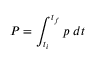
P = \int _ { t _ { i } } ^ { t _ { f } } p ~ d t